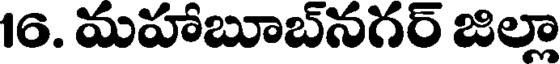
16. మహాబూబ్నగర్ జిల్లా